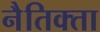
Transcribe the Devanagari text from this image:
नैतिक्ता